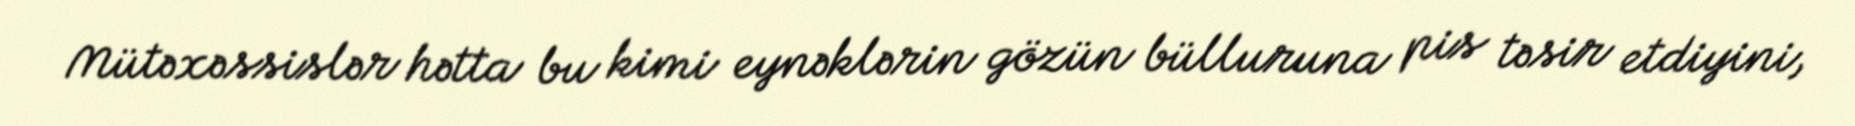
Mütəxəssislər hətta bu kimi eynəklərin gözün bülluruna pis təsir etdiyini,